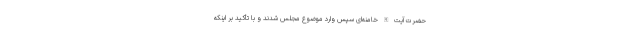
حضرت آیت الله خامنه‌ای سپس وارد موضوع مجلس شدند و با تأکید بر اینکه